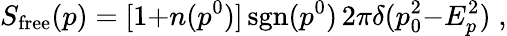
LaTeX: S_{\mathrm{free}}(p)=[1{+}n(p^{0})]\, \mathrm{sgn}(p^{0})\, 2\pi\delta(p_{0}^{2}{-}E_{p}^{2})\; ,